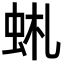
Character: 𧉹